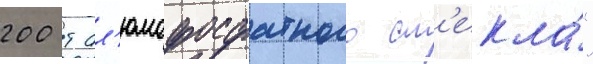
200 т ал'юмофосфатного ст'екла́"